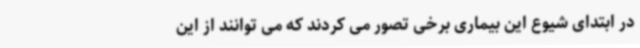
در ابتدای شیوع این بیماری برخی تصور می کردند که می توانند از این